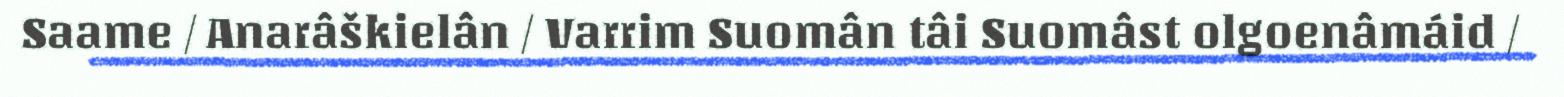
Saame / Anarâškielân / Varrim Suomân tâi Suomâst olgoenâmáid /